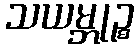
သယမ္ဘုဉ္စ